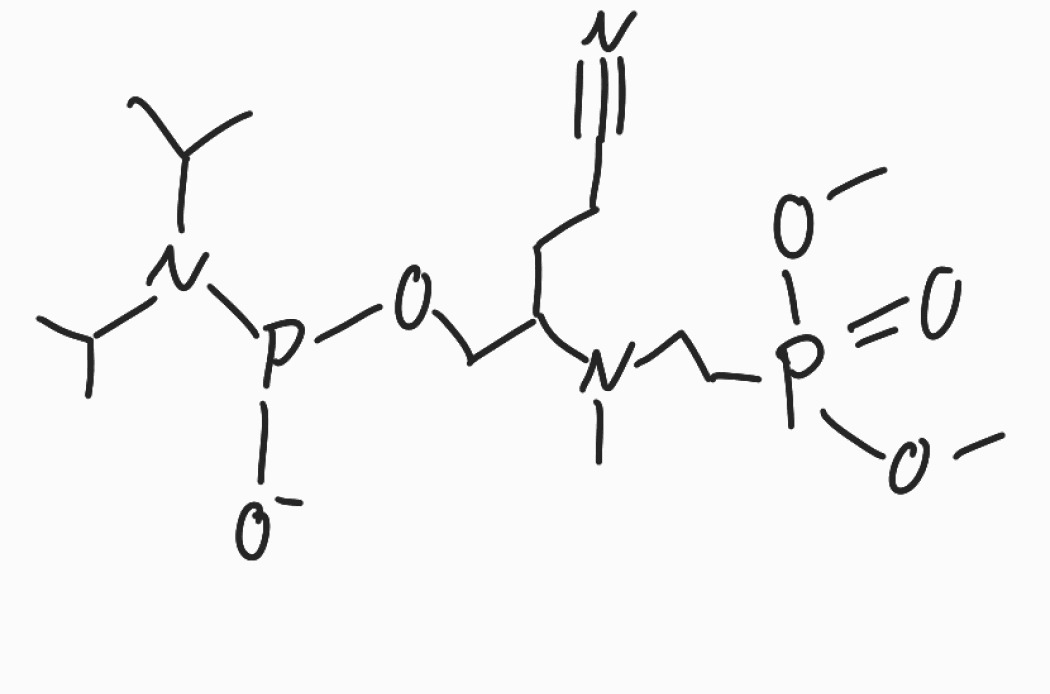
Simplified molecular-input line-entry system (SMILES) notation of the given molecule:
CC(C)N(C(C)C)P([O-])OCC(CCC#N)N(C)CCP(=O)(OC)OC